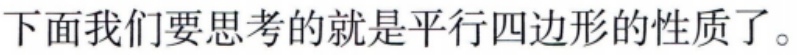
下面我们要思考的就是平行四边形的性质了。